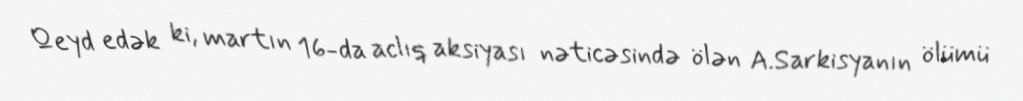
Qeyd edək ki, martın 16-da aclıq aksiyası nəticəsində ölən A.Sarkisyanın ölümü